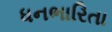
ધનભારિતા